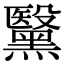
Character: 黳